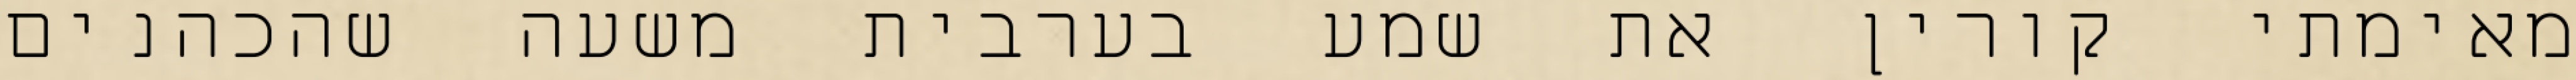
מאימתי קורין את שמע בערבית משעה שהכהנים